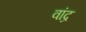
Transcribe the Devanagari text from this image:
वांद्र